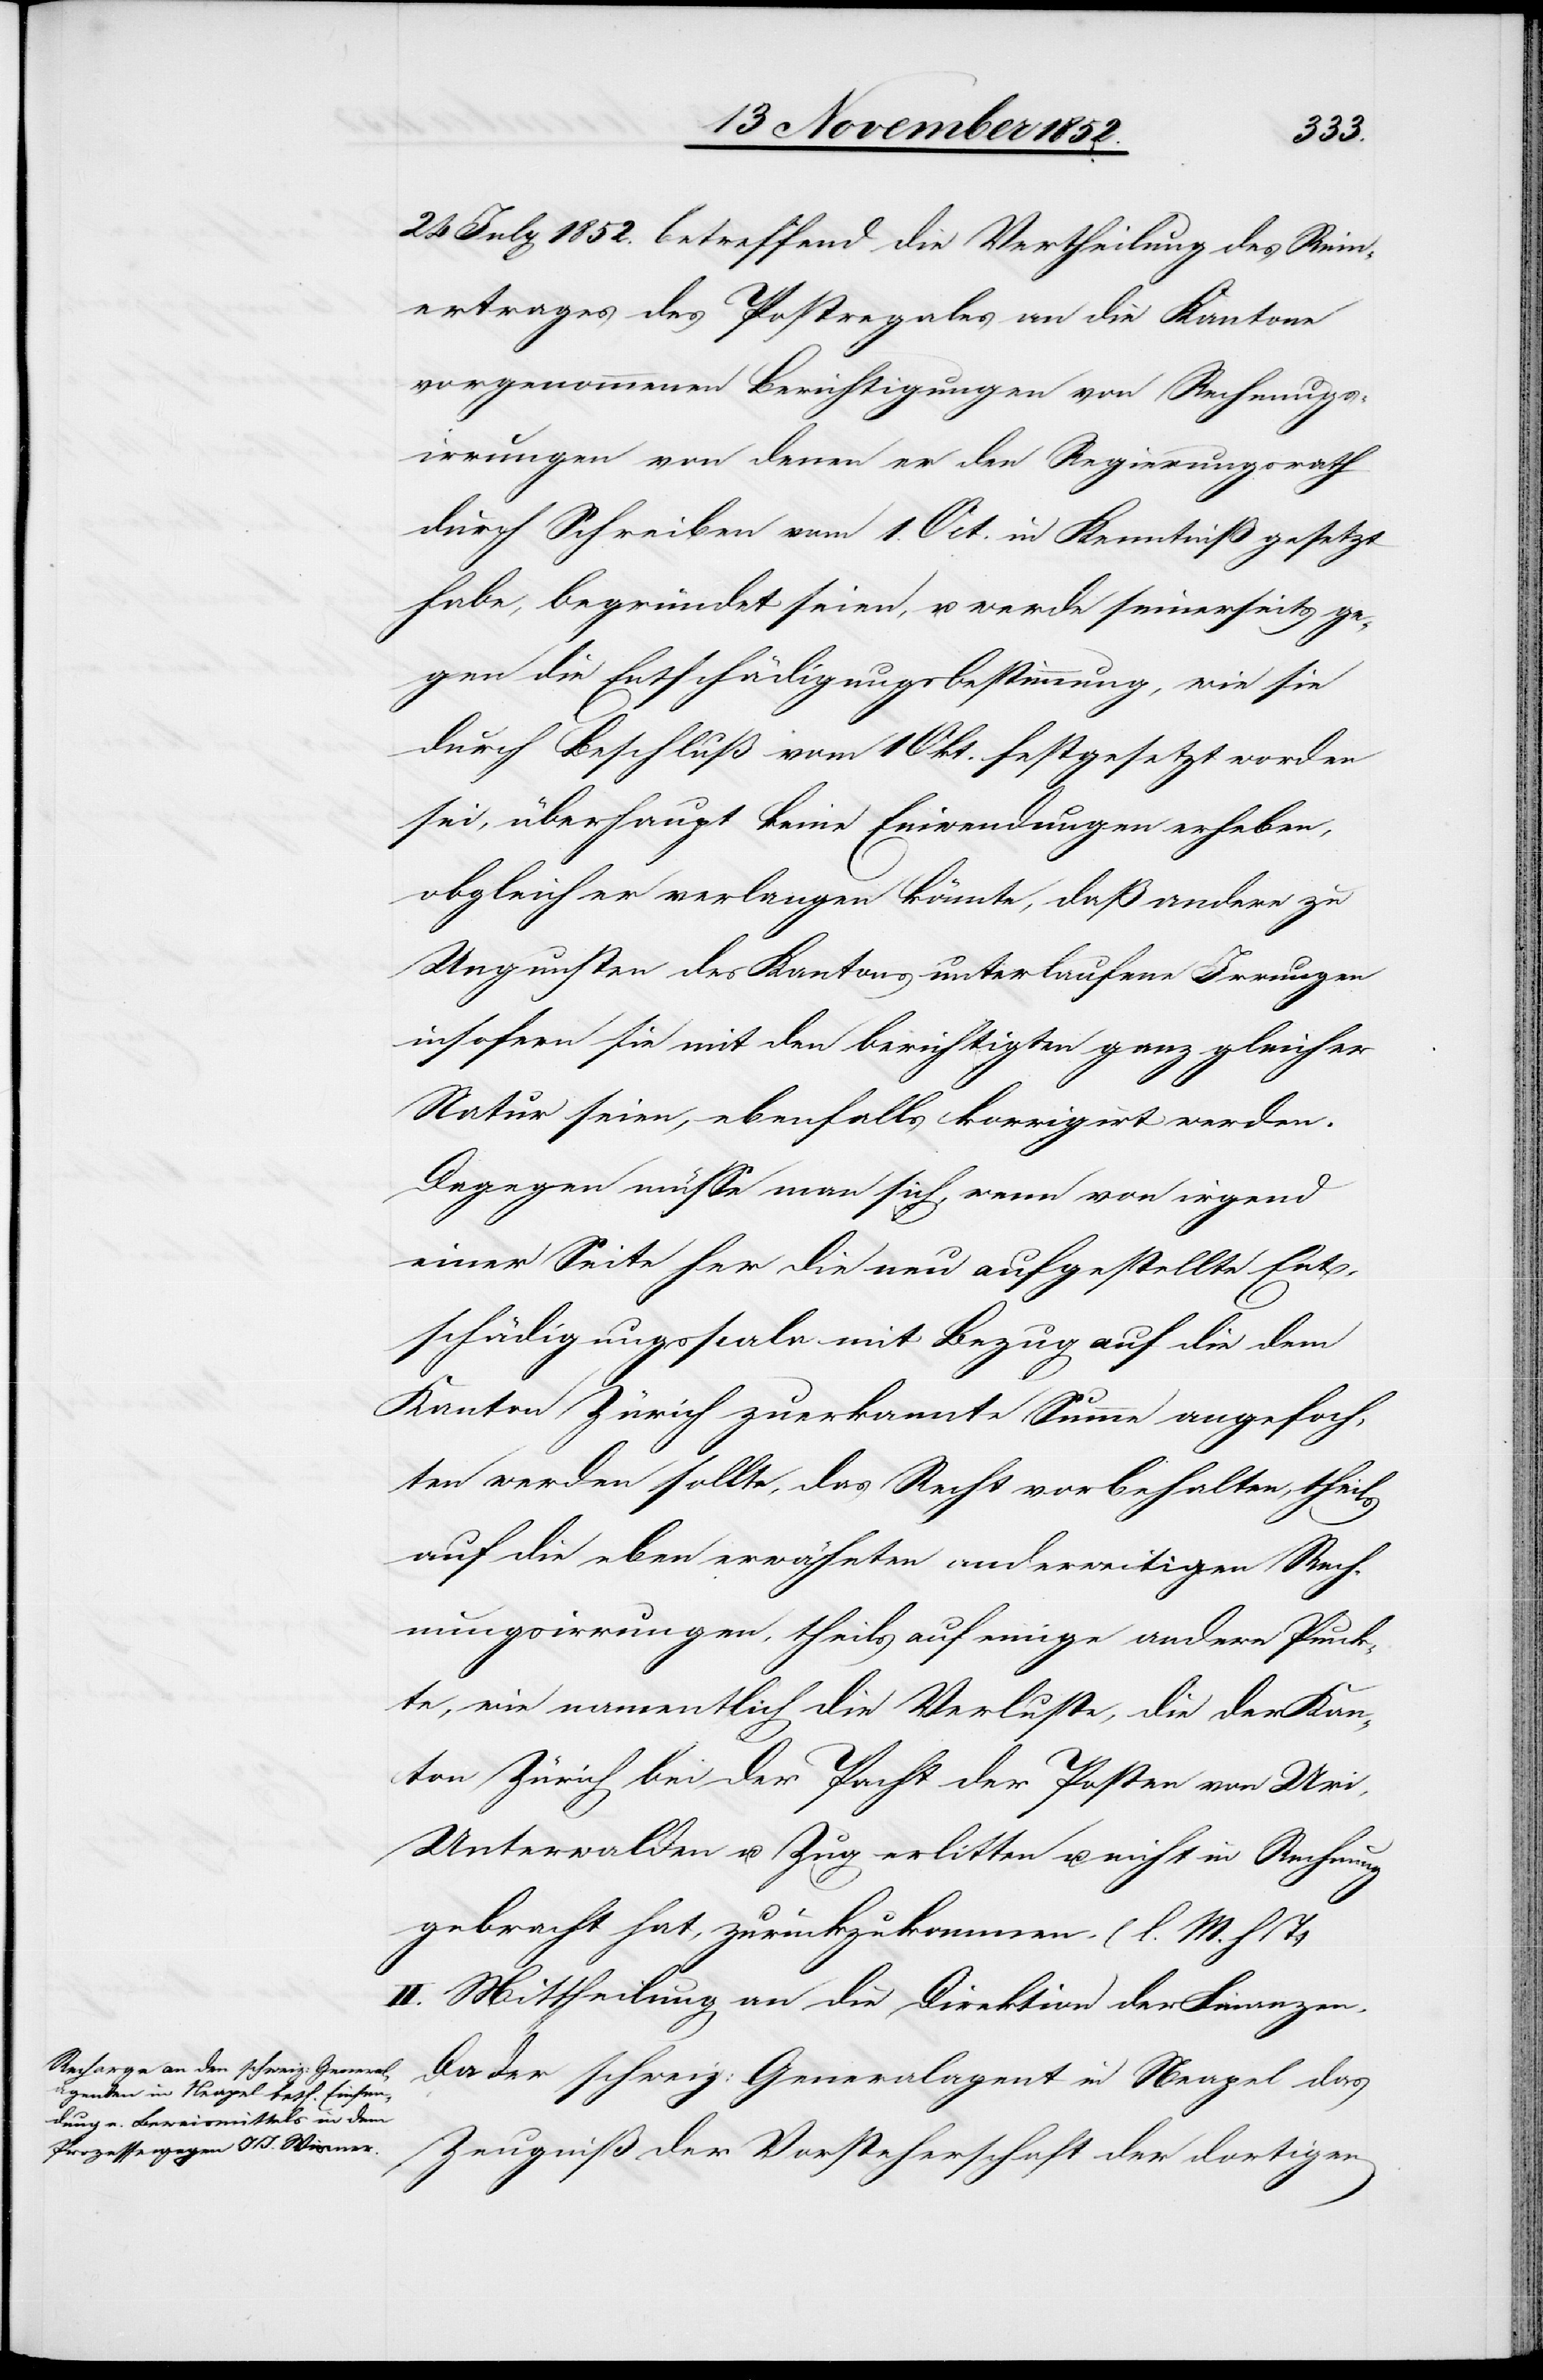
24 July 1852. betreffend die Vertheilung des Rein¬
ertrages des Postregales an die Kantone
vorgenommenen Berichtigungen von Rechnungs¬
irrungen von denen er den Regierungsrath
durch Schreiben vom 1. Oct. in Kenntniß gesetzt
habe, begründet seien, u. werde seinerseits ge¬
gen die Entschädigungsbestimmung, wie sie
durch Beschluß vom 1 Okt. festgesetzt worden
sei, überhaupt keine Einwendungen erheben,
obgleich er verlangen könnte, daß andere zu
Ungunsten des Kantons unterlaufene Irrungen
insofern sie mit den berichtigten ganz gleicher
Natur seien, ebenfalls korrigirt werden.
Dagegen müsse man sich, wenn von irgend
einer Seite her die neu aufgestellte Ent¬
schädigungsscala mit Bezug auf die dem
Kanton Zürich zuerkannte Summe angefoch¬
ten werden sollte, das Recht vorbehalten, theils
auf die eben erwähnten anderweitigen Rech¬
nungsirrungen, theils auf einige andere Punk¬
te, wie namentlich die Verluste, die der Kan¬
ton Zürich bei der Pacht der Posten von Uri,
Unterwalden u. Zug erlitten u. nicht in Rechnung
gebracht hat, zurückzukommen. (l. M. h T.)
II. Mittheilung an die Direktion der Finanzen.
Zeugniß der Vorsteherschaft der dortigen